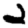
Digit: 2